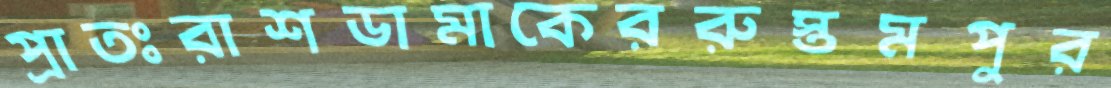
প্রাতঃরাশডামাকেররুস্তমপুর